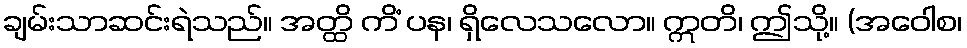
ချမ်းသာဆင်းရဲသည်။ အတ္ထိ ကိံ ပန၊ ရှိလေသလော။ ဣတိ၊ ဤသို့။ (အဝေါစ၊